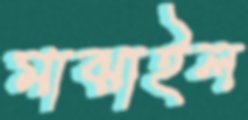
মাঝাইল